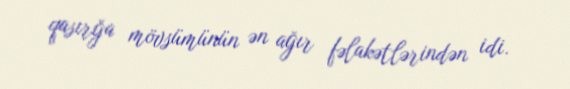
qasırğa mövsümünün ən ağır fəlakətlərindən idi.